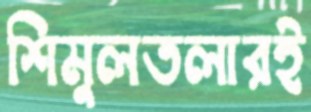
শিমুলতলারই